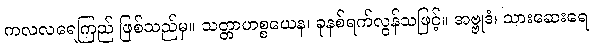
ကလလရေကြည် ဖြစ်သည်မှ။ သတ္တာဟစ္စယေန၊ ခုနစ်ရက်လွန်သဖြင့်။ အဗ္ဗုဒံ၊ သားဆေးရေ